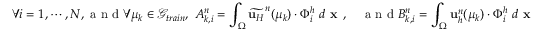
\forall i = 1 , \cdots , N , \textrm { a n d } \forall \mu _ { k } \in \mathcal { G } _ { t r a i n } , \ A _ { k , i } ^ { n } = \int _ { \Omega } \widetilde { \mathbf { u } _ { H } } ^ { n } ( \mu _ { k } ) \cdot \Phi _ { i } ^ { h } \ d \textbf { x } , \quad \textrm { a n d } B _ { k , i } ^ { n } = \int _ { \Omega } \mathbf { u } _ { h } ^ { n } ( \mu _ { k } ) \cdot \Phi _ { i } ^ { h } \ d \textbf { x }